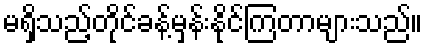
မရှိသည့်တိုင်ခန့်မှန်းနိုင်ကြတာများသည်။